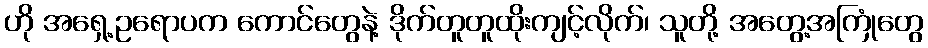
ဟို အရှေ့ဥရောပက ကောင်တွေနဲ့ ဒိုက်တူတူထိုးကျင့်လိုက်၊ သူတို့ အတွေ့အကြုံတွေ